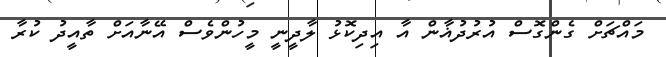
މައްޗަށް ގެންގޮސް އުރުދުޣާން އާ އިދިކޮޅު ލާދީނީ މީހުންވެސް އޭނާއަށް ތާއީދު ކުރާ